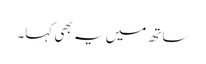
ساتھ میں یہ بھی کہا۔